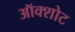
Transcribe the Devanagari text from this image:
ऑक्शोट